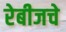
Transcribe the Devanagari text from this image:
रेबीजचे